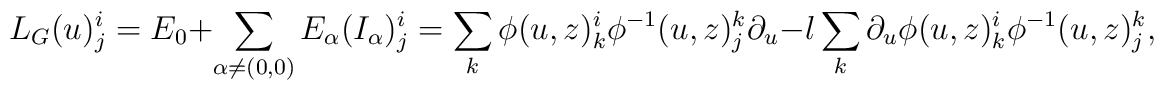
L_G(u)^i_j = E_0 + \sum_{\alpha \neq (0, 0)} E_\alpha (I_\alpha)^i_j =\sum_k \phi(u, z)^i_k \phi^{-1}(u, z)^k_j \partial_u - l \sum_k \partial_u\phi(u, z)^i_k \phi^{-1}(u, z)^k_j,